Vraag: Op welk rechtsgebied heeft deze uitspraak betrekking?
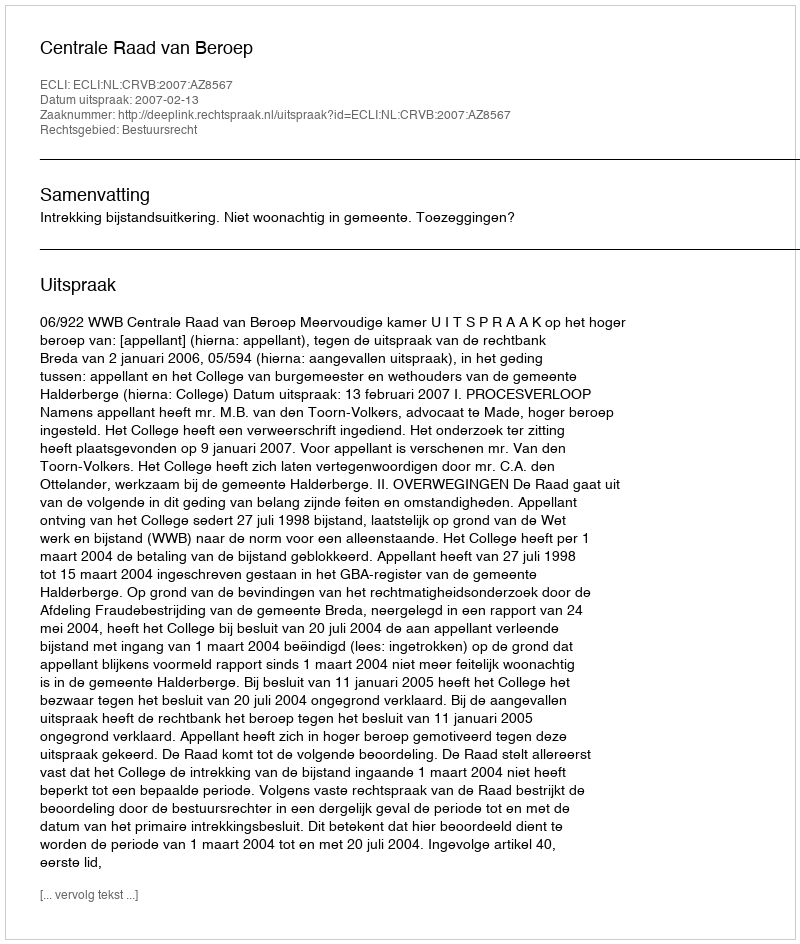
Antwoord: Bestuursrecht